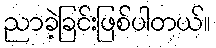
ညာခဲ့ခြင်းဖြစ်ပါတယ်။